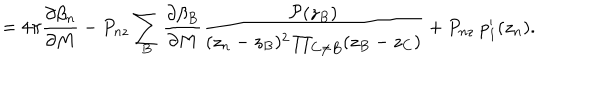
LaTeX: = 4 \pi \frac { \partial \beta _ { n } } { \partial M } - P _ { n z } \sum _ { B } \frac { \partial \beta _ { B } } { \partial M } \frac { { \cal P } ( z _ { B } ) } { ( z _ { n } - z _ { B } ) ^ { 2 } \prod _ { C \neq B } ( z _ { B } - z _ { C } ) } + P _ { n z } ~ p _ { 1 } ^ { \prime } ( z _ { n } ) .